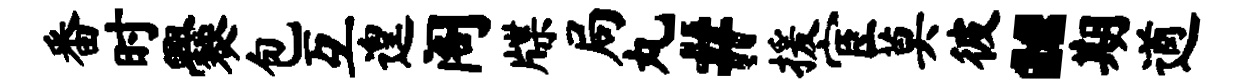
番时爨包互遑阁牒局丸#援宦莫彼“期遒